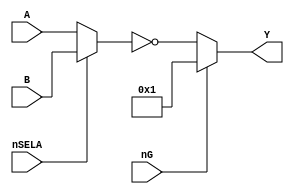
`timescale 1ns / 1ps
//////////////////////////////////////////////////////////////////////////////////
// Company: 
// 
// Design Name:    LS158
// Module Name:    system86/ttl/ls158.v
// Project Name:   Namco System86 simulation
// Target Devices: 
// Tool versions: 
// Description:    LS158 - As LS157 only with inverted outputs
//
// Dependencies: 
//
// Revision: 
// Revision 0.01 - File Created
// Additional Comments: 
// License:        https://www.apache.org/licenses/LICENSE-2.0
//
//////////////////////////////////////////////////////////////////////////////////
module ls158(
        input wire nG,
        input wire nSELA,
        input wire [3:0] A,
        input wire [3:0] B,
        output wire [3:0] Y
    );

	assign Y = nG ? 4'b1 : ~(nSELA ? B : A);

endmodule